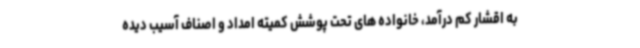
به اقشار کم درآمد، خانواده های تحت پوشش کمیته امداد و اصناف آسیب دیده